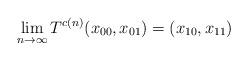
LaTeX: \begin{align*}\lim_{n\to\infty} T^{c(n)}(x_{00}, x_{01})=(x_{10}, x_{11})\end{align*}